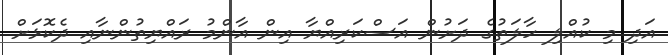
އަދި މި ކުއްލި ހާލަތުގެ ދަށުން އަސްކަރިއްޔާ އިން އާންމު ރައްޔިތުންނާއި ދެކޮޅަށް